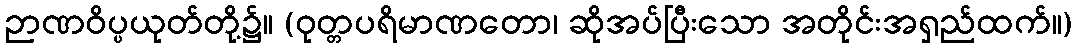
ဉာဏဝိပ္ပယုတ်တို့၌။ (ဝုတ္တပရိမာဏတော၊ ဆိုအပ်ပြီးသော အတိုင်းအရှည်ထက်။)